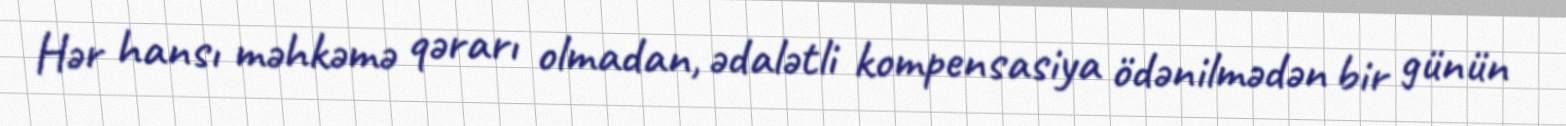
Hər hansı məhkəmə qərarı olmadan, ədalətli kompensasiya ödənilmədən bir günün